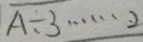
A \div 3 \cdots 2